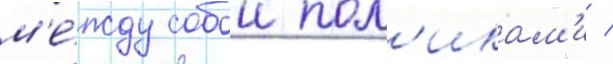
м'е́жду собои пол'икам'и /